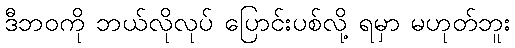
ဒီဘဝကို ဘယ်လိုလုပ် ပြောင်းပစ်လို့ ရမှာ မဟုတ်ဘူး